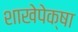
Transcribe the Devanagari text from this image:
शाखेपेक्षा